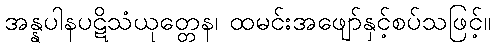
အန္နပါနပဋိသံယုတ္တေန၊ ထမင်းအဖျော်နှင့်စပ်သဖြင့်။